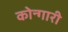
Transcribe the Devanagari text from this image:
कोन्गारी